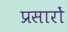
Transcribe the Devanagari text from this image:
प्रसारों